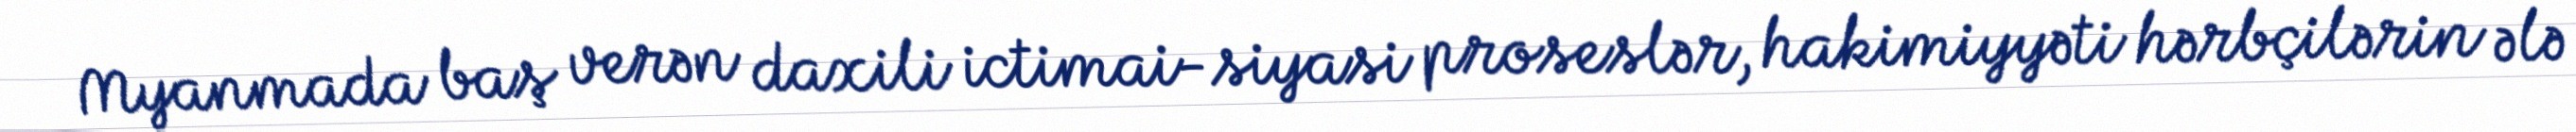
Myanmada baş verən daxili ictimai-siyasi proseslər, hakimiyyəti hərbçilərin ələ